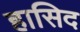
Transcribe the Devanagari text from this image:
हासिद